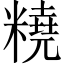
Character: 𱹞